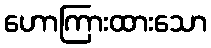
ဟောကြားထားသော